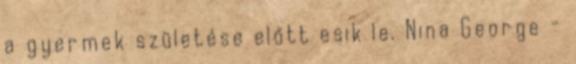
a gyermek születése előtt esik le. Nina George -